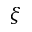
\xi